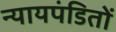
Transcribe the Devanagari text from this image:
न्यायपंडितों